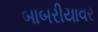
બાબરીયાવર